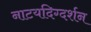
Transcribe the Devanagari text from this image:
नाटयदिग्दर्शन